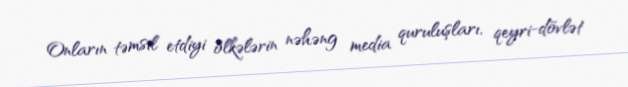
Onların təmsil etdiyi ölkələrin nəhəng media quruluşları, qeyri-dövlət